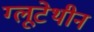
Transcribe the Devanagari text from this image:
ग्लूटेथीन